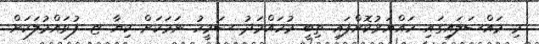
މި މައްސަލައިގައި ހައްޔަރުކޮށްފައި ތިބީ މުހައްމަދު ސަމީހު ނަމަކަށް ކިޔާ ޏ. ފުވައްމުލަކަށް